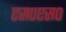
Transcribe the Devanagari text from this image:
एस०एस०